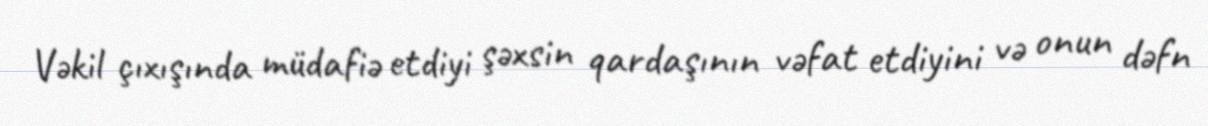
Vəkil çıxışında müdafiə etdiyi şəxsin qardaşının vəfat etdiyini və onun dəfn